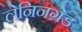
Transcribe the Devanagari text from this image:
लेनिनग्रेड